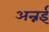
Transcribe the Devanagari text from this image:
अन्नई